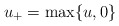
\begin{align*}u_+=\max\{u,0\}\end{align*}